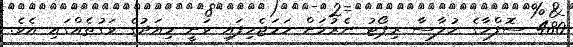
480 ސޮފްހާގެ ހުލާސާ ރިޕޯޓު ނެރުމަށް ހަަމަޖެހިފައި ވަނީ މިއަދުގެ ވަގުތެއްގައި އެވެ.